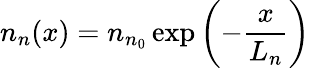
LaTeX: n_{n}(x)=n_{n_{0}}\exp\left(-\frac{x}{L_{n}}\right)